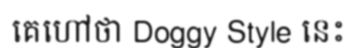
គេហៅថា Doggy Style នេះ